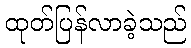
ထုတ်ပြန်လာခဲ့သည်